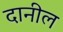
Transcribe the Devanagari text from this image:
दानील